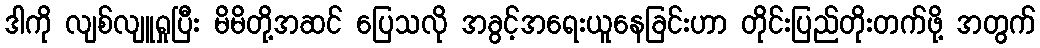
ဒါကို လျစ်လျူရှုပြီး မိမိတို့အဆင် ပြေသလို အခွင့်အရေးယူနေခြင်းဟာ တိုင်းပြည်တိုးတက်ဖို့ အတွက်